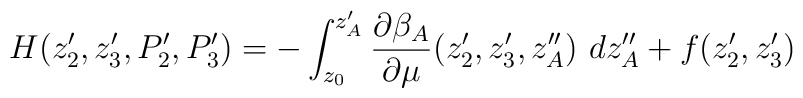
H(z'_2,z'_3, P'_2,P'_3) = -\int_{z_0}^{z'_A}\frac{\partial\beta_A}{\partial \mu}(z'_2,z'_3,z''_A) ~d z''_A + f(z'_2, z'_3)